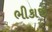
ભીકાજી